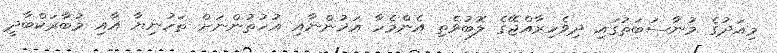
މިއަދުގެ މުނާސަބަތުގައި ދިވެހިރާއްޖޭގެ ލޮބުވެތި އެންމެހާ އަޚުންނާއި އުޚުތުންނަށް ތަހުނިޔާ އާއި މުބާރަކްބާދީ